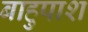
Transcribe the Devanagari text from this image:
बाहुपाश